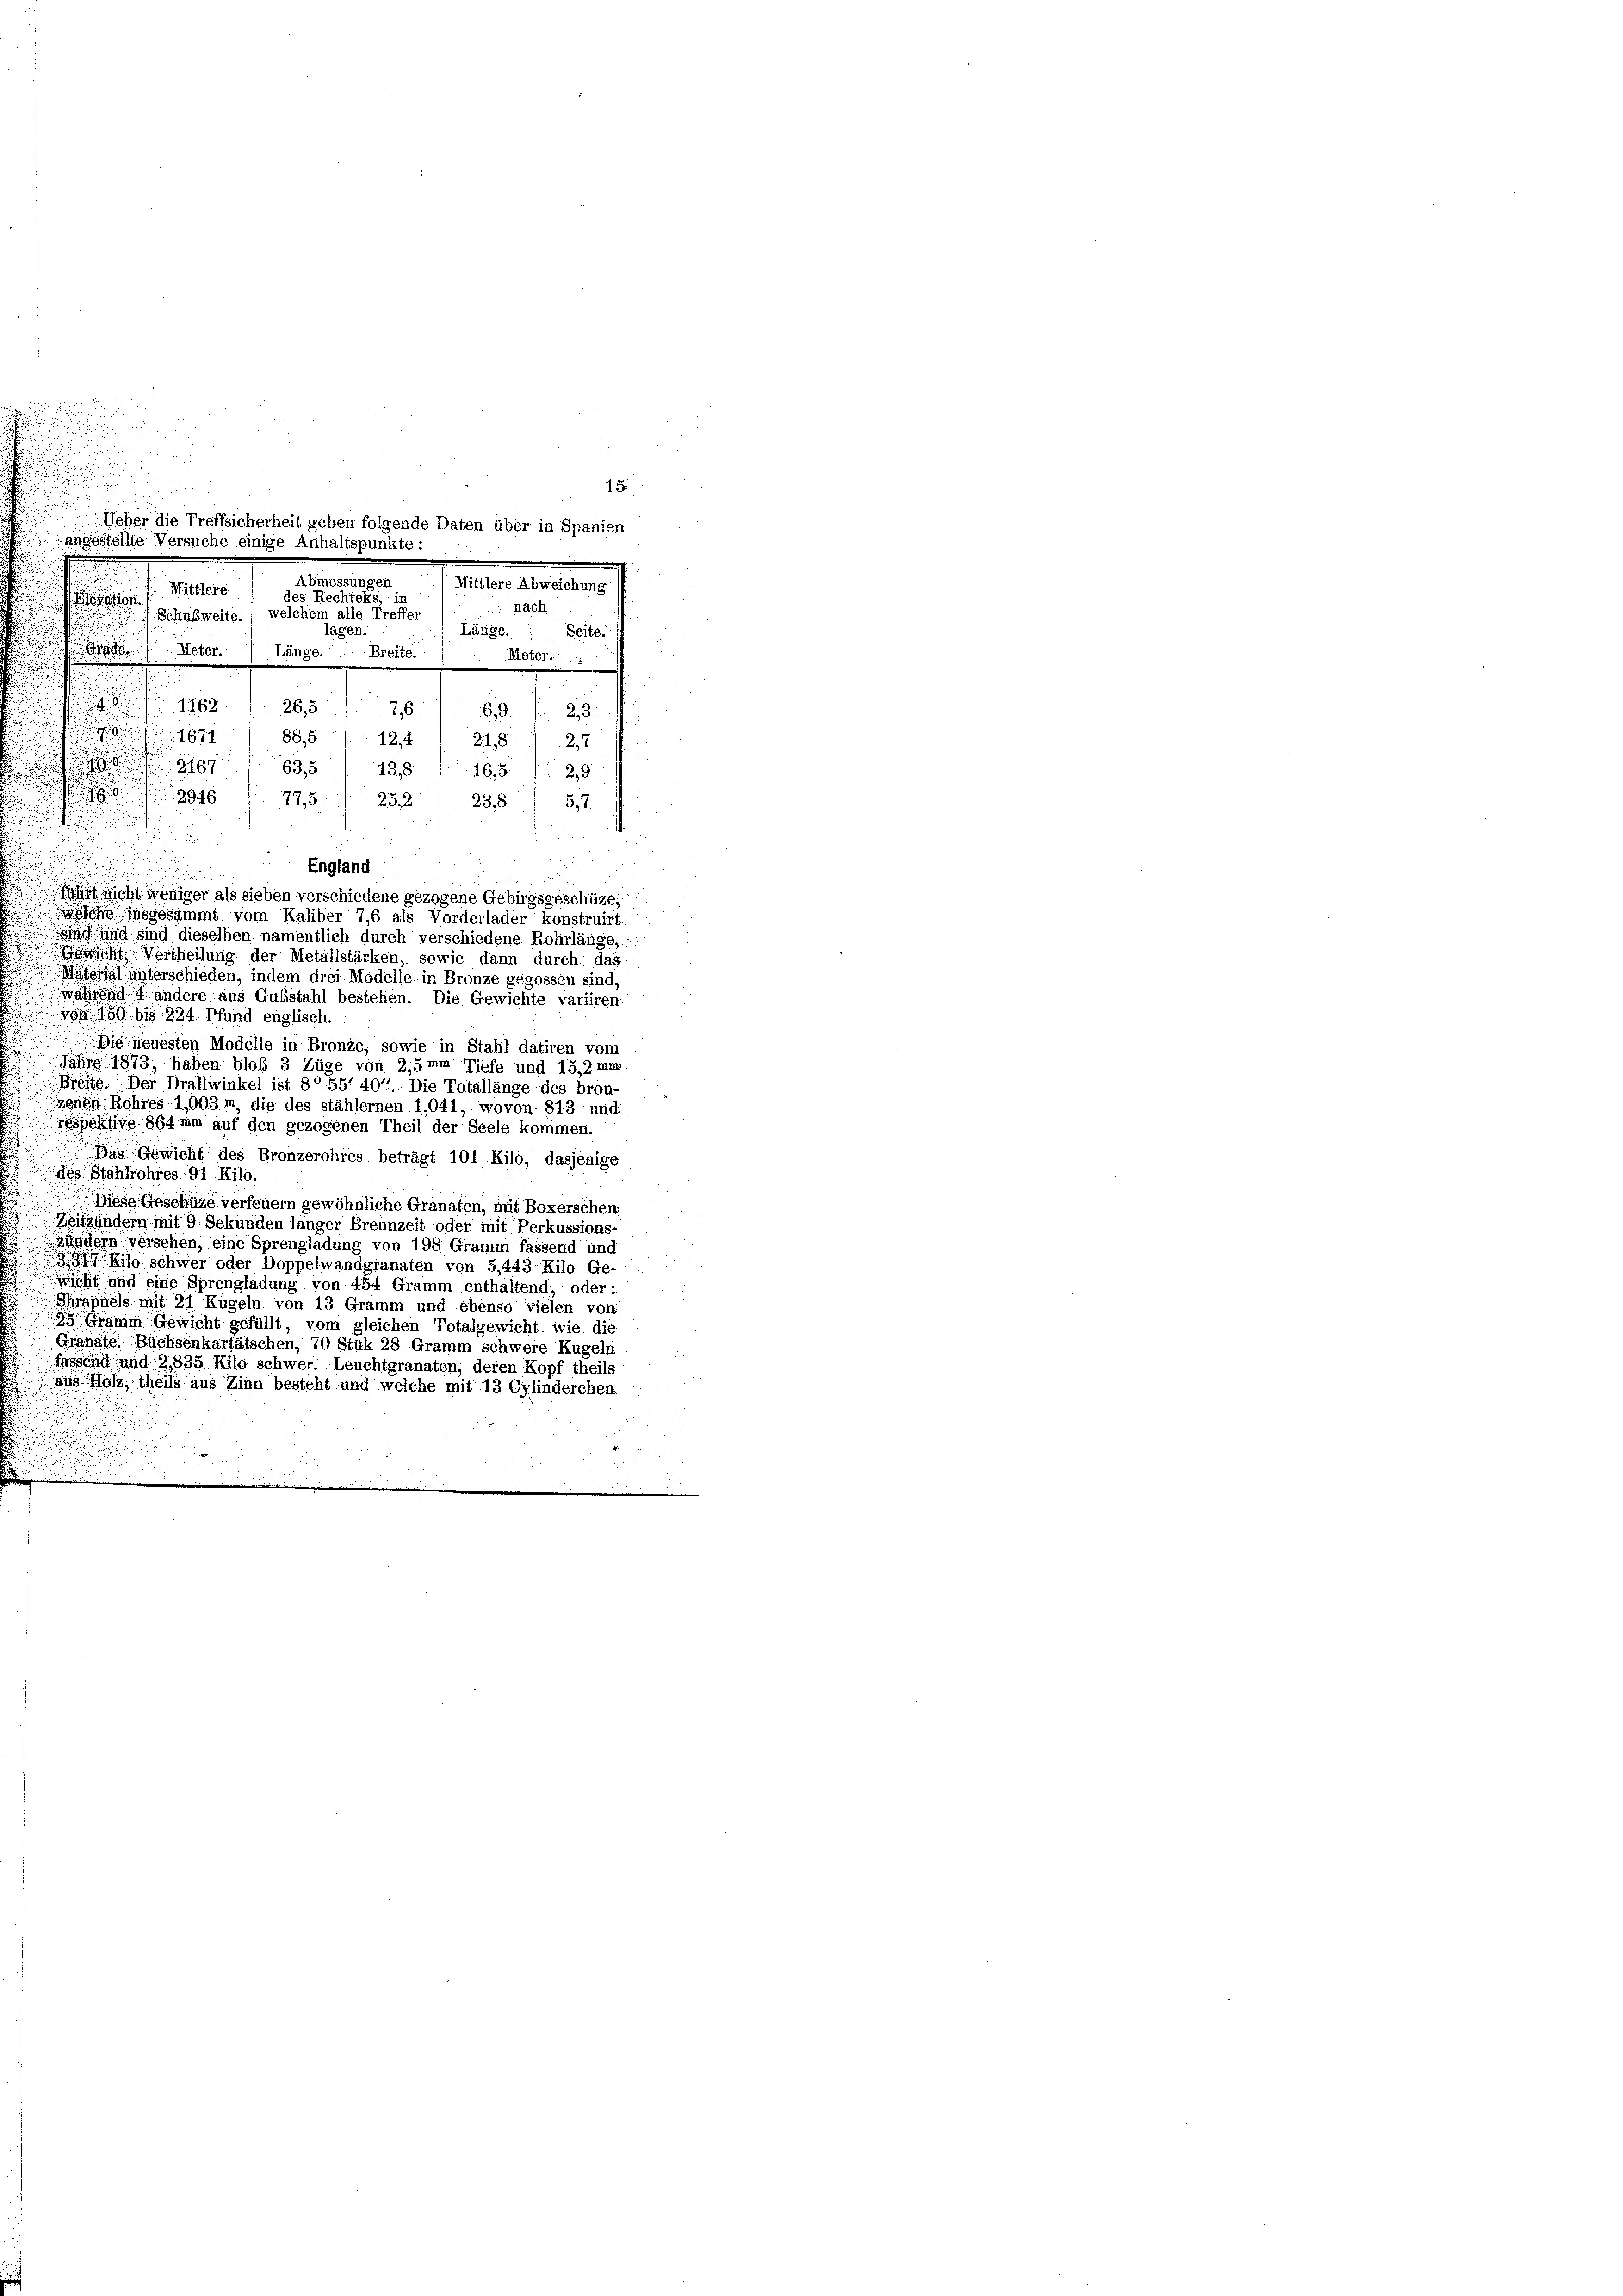
15

Mittlere
des Rechteks, in

Nach
 Schubweite, welchem alle Treffer
n
lagen.
Länge.
Seite.
.
Meter
Breite.
Länge.
Meter.

1162. 1. 265. 76
.d. 28.
 1674
88.5. 124 1 218. 127
101835
188. 1168/29.
8946
775  252) 238 / 517
t
England
.
 nicht weniger als sieben verschiedene gezogene Gebirgsgeschüze,
wölche insgesammt vom Kaliber 7,6 als Vorderlader konstruirt.
nd und sind dieselben namentlich durch verschiedene Rohrlänge,
d
ch Vertheilung der Metallstärken, sowie dann durch das
Material unterschieden, indem drei Modelle in Bronze gegossen sind;
Wahrend 4 andere aus Gubstahl bestehen. Die Gewichte variren
von 150 bis 224 Pfund englisch.
Die neuesten Modelle in Bronze, sowie in Stahl datiren vom
Jahre 1873, haben bloß 3 Züge von 2,5mm Tiefe und 15,2 mi
Breite. Der Dratlwinkel ist 8° 557 401. Die Totallänge des bron-
jenen Rohres 1,003 m die des stählernen 1,041, wovon 813 und
spektive 894 mm auf den gezogenen Theil der Seele kommen.
Das Gewicht des Bronzerohres beträgt 101 Kilo, dasjenige
des Stahlrohres. 91. Kilo.
Diese Geschüze verfeuern gewöhnliche Granaten, mit Boxerschen
Zeitzündern mit 9 Sekunden langer Brennzeit oder mit Perkussions-
Zundern versehen, eine Sprengladung von 198 Gramm fassend und
 Kilo schwer oder Doppelwandgranaten von 5,443. Kilo Ge-
wicht und eine Sprengladung von 454 Gramm enthaltend, oder:
Shrapnels mit 21 Kugeln von 13 Gramm und ebenso vielen von
38 Gramm Gewicht gefüllt, vom gleichen Totalgewicht wie die
Grahate. Büchsenkarfätschen, 70 Stük 28 Gramm schwere Kugeln
fassend und 2,835 Kilo schwer. Leuchtgranaten, deren Kopf theils
aus Holz, theils aus Zinn besteht und welche mit 13 Cylinderchen
i

Ueber die Treffsicherheit geben folgende Daten über in Spanien
angestellte Versuche einige Anhaltspunkte:
Abmessungen
Mittlere Abweichung